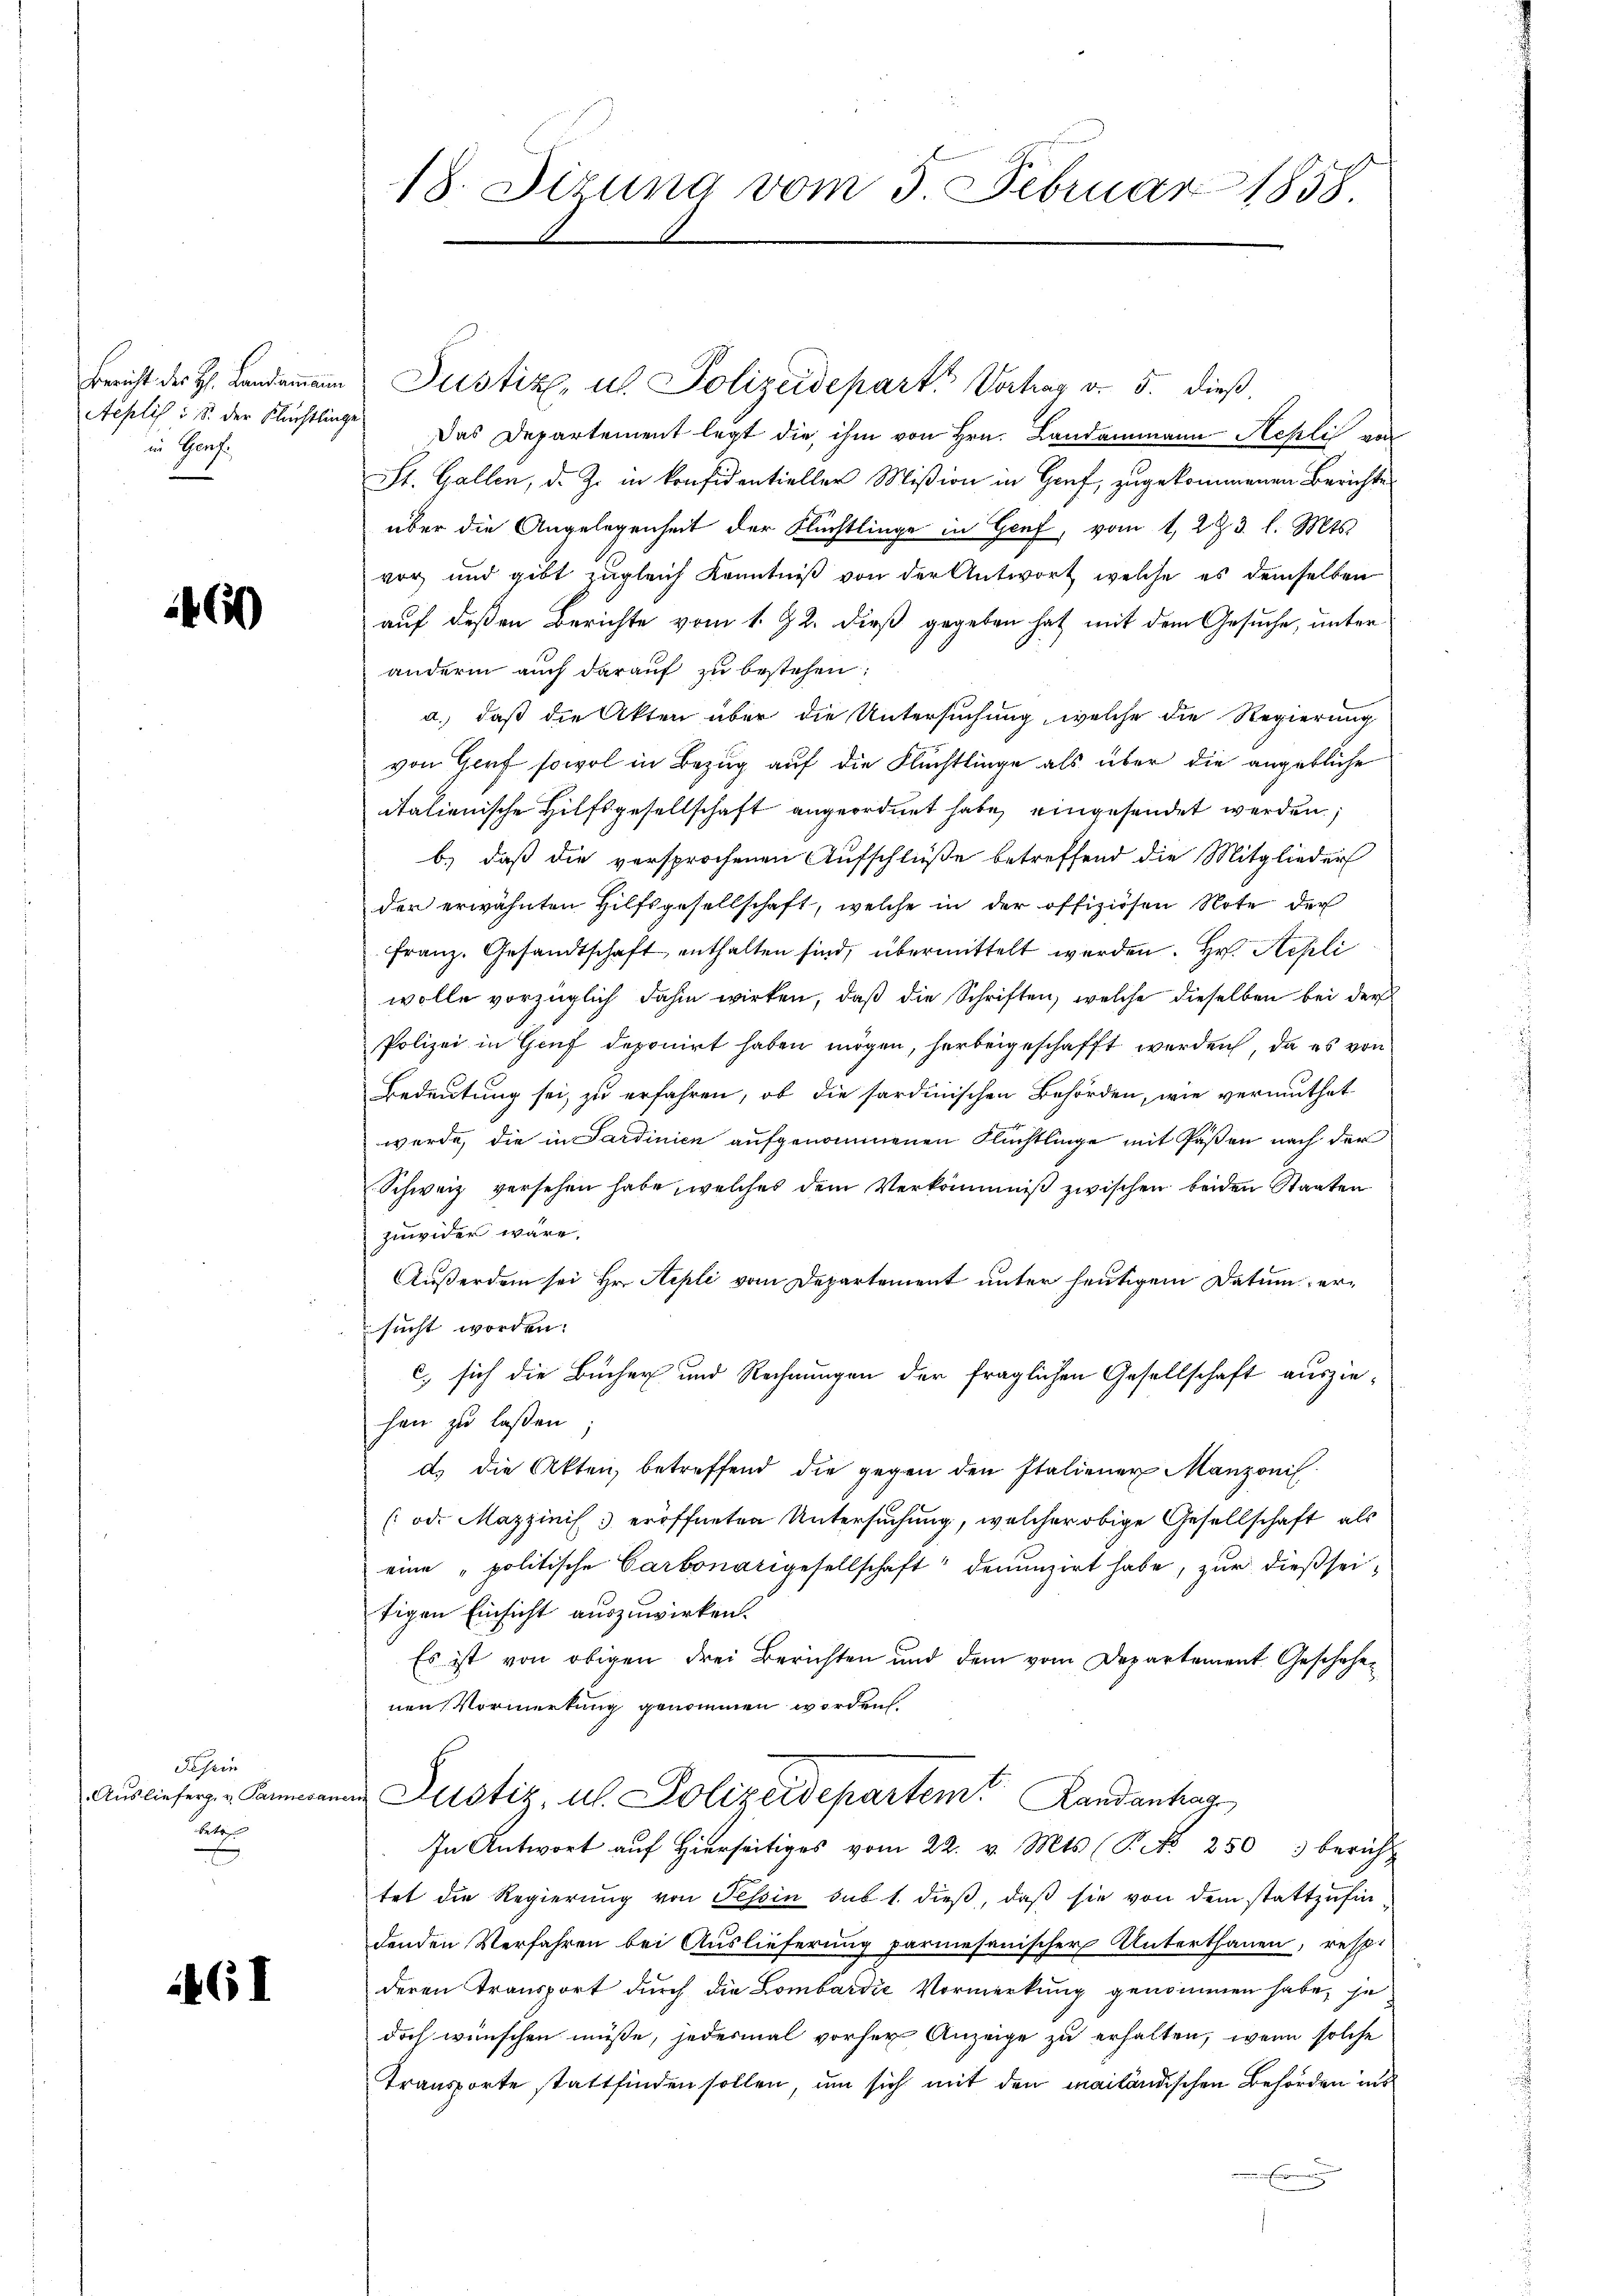
Bericht der H. Landammann
Aeplis i S. der Flüchtlinge
in Genf

460

Schein
Auslieferg. v. Parmesan
betr
E
|

6I

18. Dizung vom 3. Februar 1858.

Justiz, u. Polizeidepart. Vortrag v. 5. dieß
Das Departement legt die ihm von Hrn. Landammann Hehli von
St. Gallen, d. Z. in konfidentieller Mißion in Gruf, zugekommenen Berichte
über die Angelegenheit der Flüchtlinge in Genf, vom 1. 273. l. Mts.
vor und gibt zugleich Kenntniß von der Antwort, welche es demselben
auf deßen Berichte vom 1. 92. dieß gegeben hat mit dem Gesuche, unter
andern auch darauf zu bestehen:
a.) daß die Akten über die Untersuchung, welche die Regierung
von Genf sowol in Bezug auf die Flüchtlinge als über die angebliche
italienische Hilfsgesellschaft angeordnet habe, eingesendet werden;
b) daß die versprochenen Aufschlüße betreffend die Mitglieder
der erwähnten Hilfsgesellschaft, welche in der offiziösen Note der
franz. Gesandtschaft enthalten sind, übermittelt werden. Hr. Repli
wolle vorzüglich dahin wirken, daß die Schriften, welche dieselben bei der
Polizei in Genf deponirt haben mögen, herbeigeschafft werden, da es von
Bedeutung sei, zu erfahren, ob die sardinischen Behörden, wie vermuthet
werde, die in Sardinien aufgenommenen Flüchtlinge mit Paßen nach der
Schweiz versehen habe, welches dem Verkommniß zwischen beiden Staaten
zuwider wäre.
Außerdem sei Hr. Repli vom Departement unter heutigem Datum ersucht worden.
c. sich die Bücher und Rechnungen der fraglichen Gesellschaft ausziehen zu laßen
d.) die Akten, betreffend die gegen den Italiener Manzonil
(od. Mazzinis eröffneten Untersuchung, welcher obige Gesellschaft als
eine „politische Carbonarigesellschaft denunzirt habe, zur dießseitigen Einsicht auszuwirken.
Es ist von obigen drei Berichten und dem vom Departement Geschehenen Vormerkung genommen worden.
Justiz, u. Polizeidepartem Landanhag
In Antwort auf hierseitiges vom 22. v. Mts. (T. No 250 bericht
tet die Regierung von Tessin sub 1. dieß, daß sie von dem stattzufin
denden Verfahren bei Auslieferung parmesanischer Unterthanen, respe
deren Transport durch die Lombardić Vormerkung genommen habe, je
doch wünschen müsse, jedesmal vorher Anzeige zu erhalten, wenn solche
Transporte stattfinden sollen, um sich mit den mailändischen Behörden ins
 Ernennen